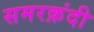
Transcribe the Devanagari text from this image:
समरक़ंदी